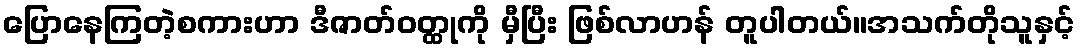
ပြောနေကြတဲ့စကားဟာ ဒီဇာတ်ဝတ္ထုကို မှီပြီး ဖြစ်လာဟန် တူပါတယ်။အသက်တိုသူနှင့်